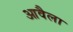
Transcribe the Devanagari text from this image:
आवैला